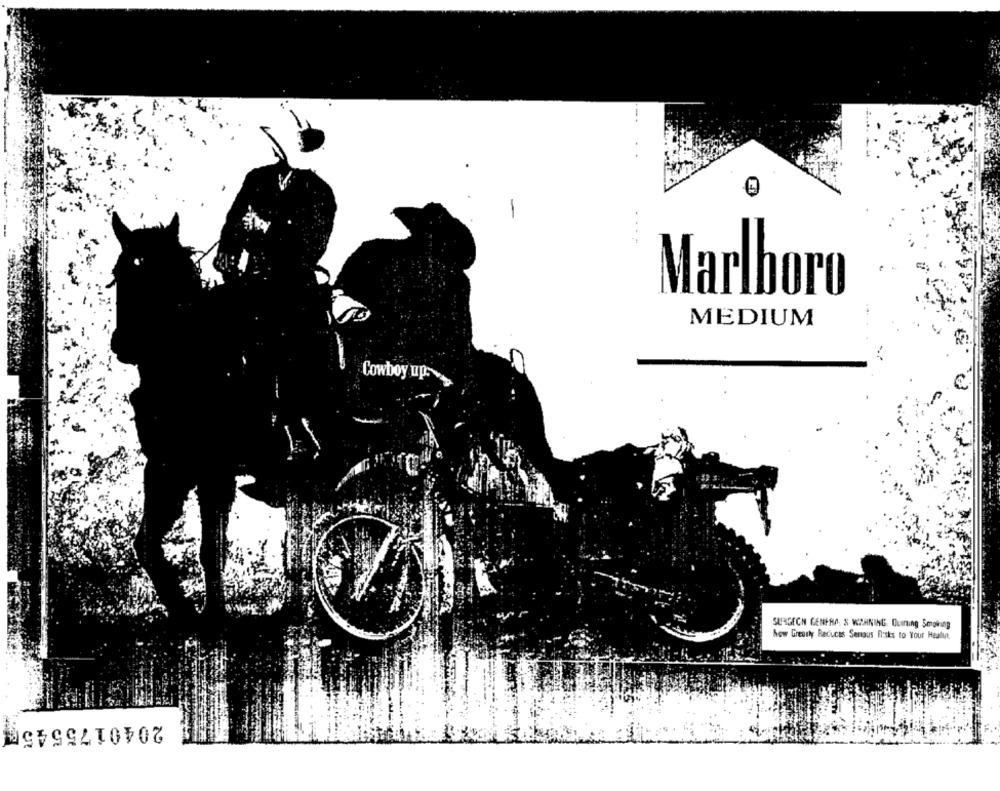
Marlboro
MEDIUM
Cowboy up.
SURGECH GENERA. & WICHNING OLaning Smoking
how Greatty Reduces Senaus Fisks to Your Healint.
20401755456